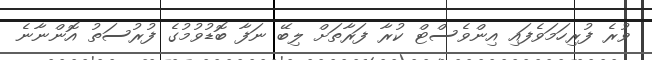
ވުރެ ފުރިހަމަވެފައި އިންވެސްޓް ކުރާ ފަރާތަށް ލިބޭ ނަފާ ބޮޑުވުމުގެ ފުރުސަތު އޮންނާނެ